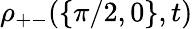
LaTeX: \rho_{+-}(\{ \pi/2,0\} ,t)